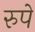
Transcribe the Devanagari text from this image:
रुपें